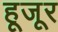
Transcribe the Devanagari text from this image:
हूजूर